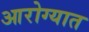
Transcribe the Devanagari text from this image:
आरोग्यात